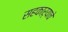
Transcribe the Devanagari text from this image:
सहकाऱ्याचे